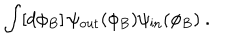
\int [ d \phi _ { B } ] \, \psi _ { \mathrm { o u t } } ( \phi _ { B } ) \psi _ { \mathrm { i n } } ( \phi _ { B } ) \ .